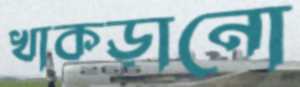
খাকড়ানো